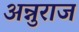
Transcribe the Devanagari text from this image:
अन्नुराज